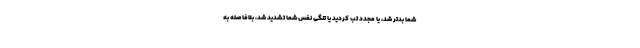
شما بدتر شد، یا مجدد تب کردید یا تنگی نفس شما تشدید شد، بلافاصله به